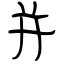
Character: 并